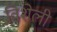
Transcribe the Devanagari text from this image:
विशेली